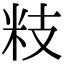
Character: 𥸳